Report on lock hospitals in British Burma
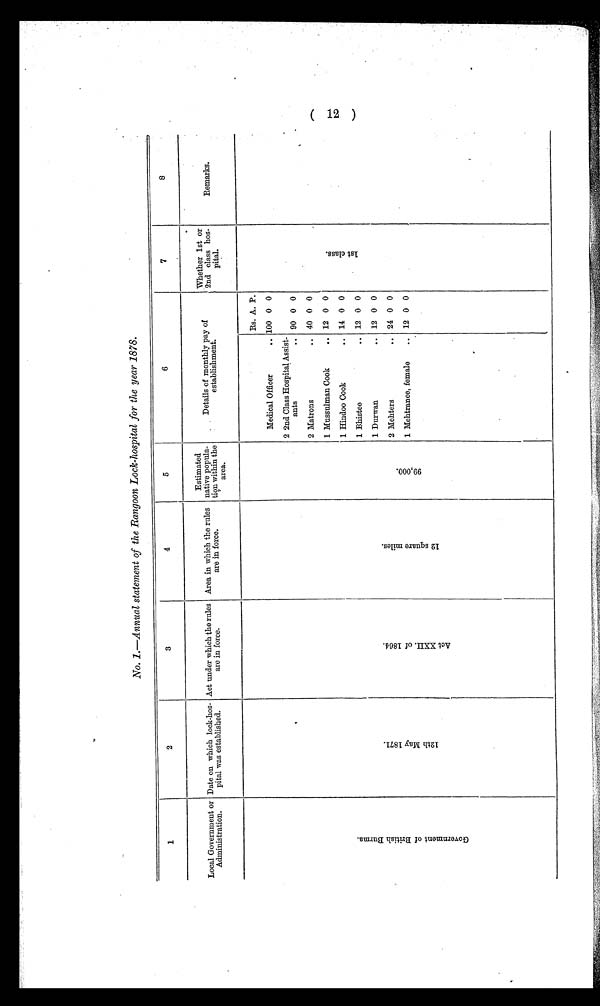
No. 1.—Annual statement of the Rangoon Lock-hospital for the year 1878.
1
2
3
4
5
6
7
8
Local Government or
Administration.
Date on which lock-hos-
pital was established.
Act under which the rules
aro in force.
Area in which the rules
are in force.
Estimated
native popula-
tion within the
area.
Details of monthly pay of
establishment.
Whether 1st or
2nd class hos-
pital.
Remarks.
G o v e r n m e n t o f B r i t i s h B u r m a
1 2 t h M a y 1 8 7 1 .
A c t X X I I . o f 1 8 6 4 .
1 2 s q u a r e m i l e s .
9 9 , 0 0 0 .
Rs. A. P.
1 s t
c l a s s .
Medical Officer
.. 100 0 0
2 2nd Class Hospital Assist-
ants
.. 90 0 0
2 Matrons
.. 40 0 0
1 Mussulman Cook
.. 12 0 0
1 Hindoo Cook
.. 14 0 0
1 Bhistee
.. 12 0 0
1 Durwan
.. 12 0 0
2 Mehters
.. 24 0 0
1 Mehtranee, female
.. 12 0 0
( 12 )